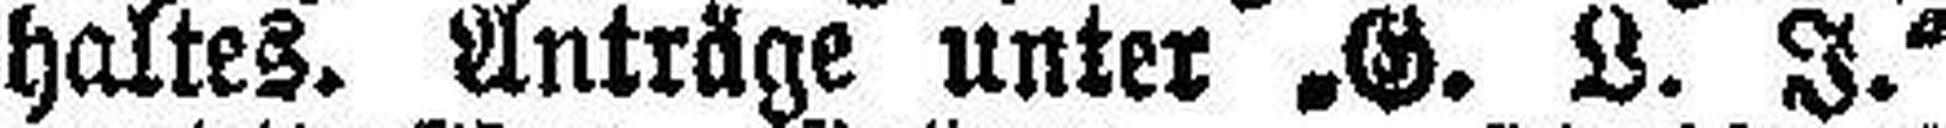
haltes. Anträge unter „G. L. I.“